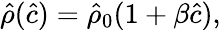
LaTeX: \hat{\rho}({\hat{c}})=\hat{\rho}_{0}(1+\beta\hat{c}),